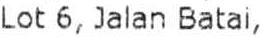
LOT 6, JALAN BATAI,